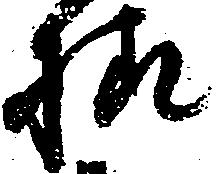
様